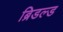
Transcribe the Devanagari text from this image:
ब्रिडल्ड